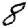
Digit: 8